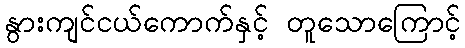
နွားကျင်ငယ်ကောက်နှင့် တူသောကြောင့်